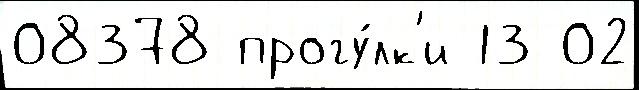
08378 прогу́лк'и 13 02